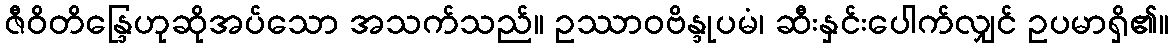
ဇီဝိတိန္ဒြေဟုဆိုအပ်သော အသက်သည်။ ဥဿာဝဗိန္ဒုပမံ၊ ဆီးနှင်းပေါက်လျှင် ဥပမာရှိ၏။